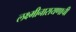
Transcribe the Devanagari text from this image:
लक्ष्मीनारायणाची